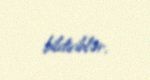
bildiriblər.